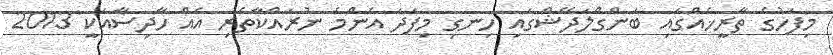
މިފަހުގެ ތާރީޚެއްގައި ބަންގްލަދޭޝްގައި ހިނގި މިފަދަ އެންމެ ނުރައްކާތެރި އެއް ހާދިސާއަކީ 2013